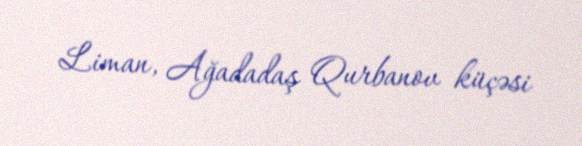
Liman, Ağadadaş Qurbanov küçəsi